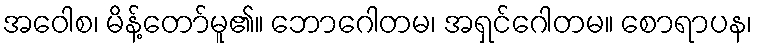
အဝေါစ၊ မိန့်တော်မူ၏။ ဘောဂေါတမ၊ အရှင်ဂေါတမ။ စောရာပန၊